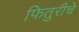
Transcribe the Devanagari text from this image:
फितुरीचे